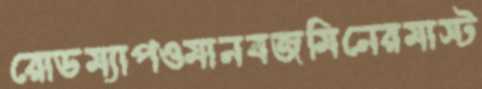
রোডম্যাপওমানবজমিনেরমাস্ট